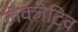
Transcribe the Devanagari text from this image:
लैक्ज़ेटिव